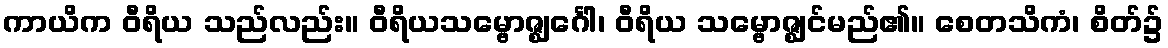
ကာယိက ဝီရိယ သည်လည်း။ ဝီရိယသမ္ဗောဇ္ဈင်္ဂေါ၊ ဝီရိယ သမ္ဗောဇ္ဈင်မည်၏။ စေတသိကံ၊ စိတ်၌